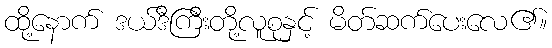
ထို့နောက် ဒယ်ဒီကြီးတို့လူစုနှင့် မိတ်ဆက်ပေးလေ၏။